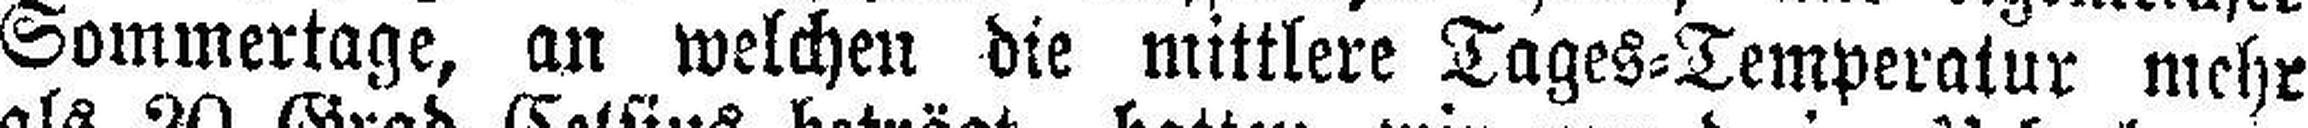
Sommertage, an welchen die mittlere Tages=Temperatur mehr